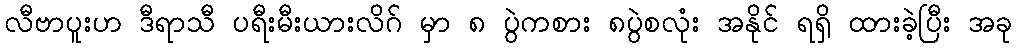
လီဗာပူးဟ ဒီရာသီ ပရီးမီးယားလိဂ် မှာ ၈ ပွဲကစား ၈ပွဲစလုံး အနိုင် ရရှိ ထားခဲ့ပြီး အခု